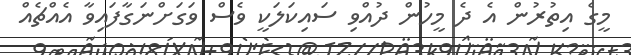
މީގެ އިތުރުން އެ ދެ މީހުން ދުއްވި ސައިކަލަކީ ވެސް ވަގަށްނަގާފައިވާ އެއްޗެއް